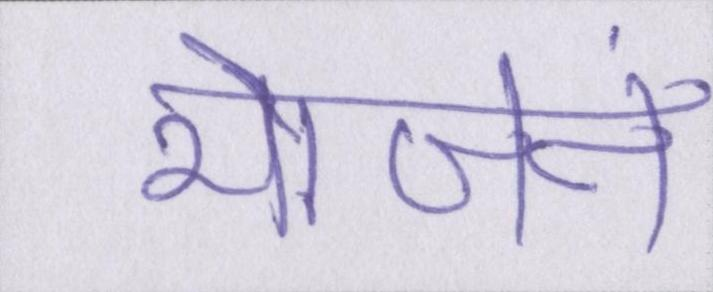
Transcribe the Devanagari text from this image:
भोजनं